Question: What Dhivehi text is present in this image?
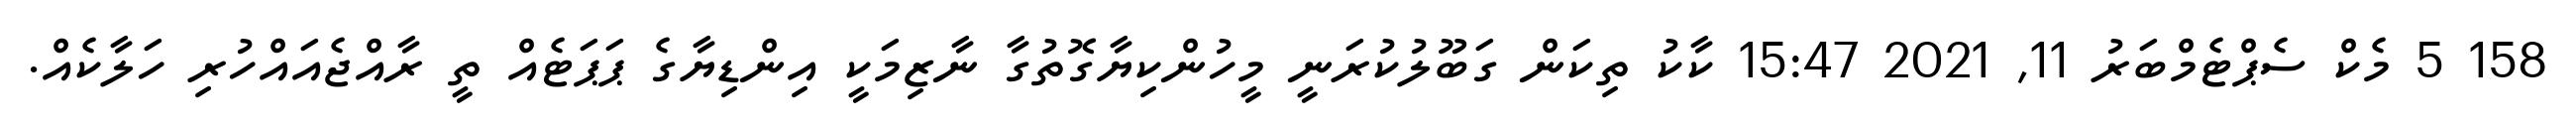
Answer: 158 5 މެކް ސެޕްޓެމްބަރު 11, 2021 15:47 ކާކު ތިކަން ގަބޫލުކުރަނީ މީހުންކިޔާގޮތުގާ ނާޒިމަކީ އިންޑިޔާގެ ޕަޕަޓެއް ތީ ރާއްޖެއައްހުރި ހަލާކެއް.